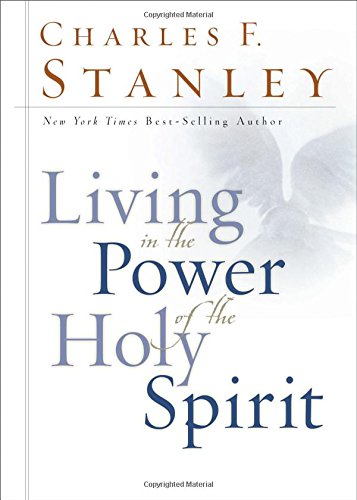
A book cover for Living in the Power of the Holy Spirit; Charles F. Stanley; Christian Books & Bibles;